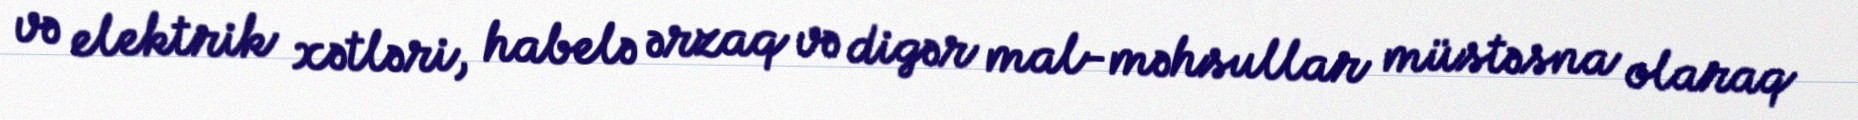
və elektrik xətləri, habelə ərzaq və digər mal-məhsullar müstəsna olaraq